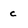
Character: c